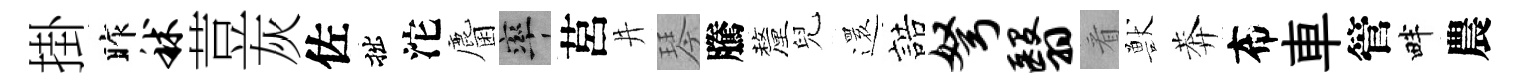
掛昨秫荳灰佐拙沱麕率莒井琴騰釐兒𮟃誥弩翳㸔獸莾布車管畔農